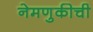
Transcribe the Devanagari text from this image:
नेमणुकीची